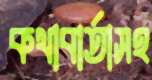
কথাবার্তাসহ